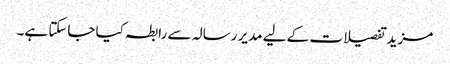
مزید تفصیلات کے لیے مدیر رسالہ سے رابطہ کیا جاسکتا ہے۔